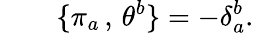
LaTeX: \qquad\{ \pi_{a}\, ,\, \theta^{b}\} =-\delta_{a}^{b}.